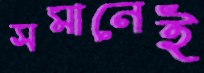
সমানেই